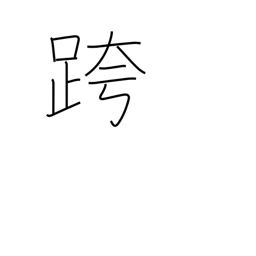
Meaning: straddle